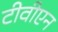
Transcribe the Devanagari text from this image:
टीवीएन